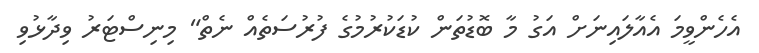
އެހެންވީމަ އެއާލައިނަށް އަގު މާ ބޮޑުތަން ކުޑަކުރުމުގެ ފުރުސަތެއް ނެތް" މިނިސްޓަރު ވިދާޅުވި